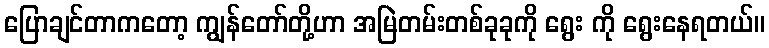
ပြောချင်တာကတော့ ကျွန်တော်တို့ဟာ အမြဲတမ်းတစ်ခုခုကို ရွေး ကို ရွေးနေရတယ်။